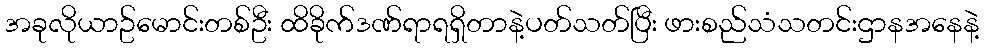
အခုလိုယာဥ်မောင်းတစ်ဦး ထိခိုက်ဒဏ်ရာရရှိတာနဲ့ပတ်သတ်ပြီး ဖားစည်သံသတင်းဌာနအနေနဲ့